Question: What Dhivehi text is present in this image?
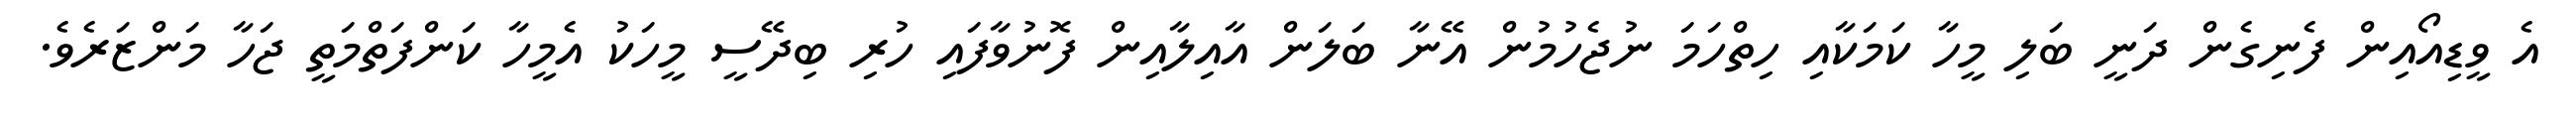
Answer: އެ ވީޑިއޯއިން ފެނިގެން ދަނީ ބަލި މީހާ ކަމަކާއި ހިތްހަމަ ނުޖެހުމުން އޭނާ ބަލަން އާއިލާއިން ފޮނުވާފައި ހުރި ބިދޭސީ މީހަކު އެމީހާ ކަންފަތްމަތީ ޖަހާ މަންޒަރެވެ.